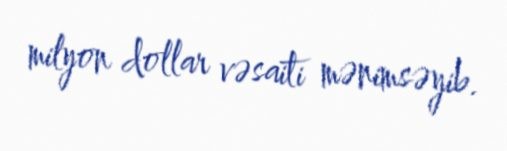
milyon dollar vəsaiti mənimsəyib.